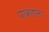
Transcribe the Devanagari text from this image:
पावलांना